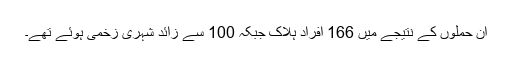
ان حملوں کے نتیجے میں 166 افراد ہلاک جبکہ 100 سے زائد شہری زخمی ہوئے تھے۔